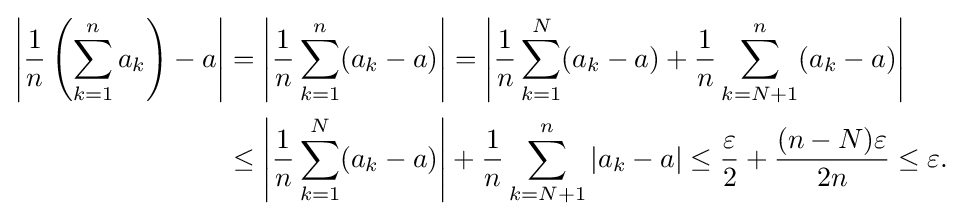
{\begin{aligned}\left|{\frac {1}{n}}\left(\sum _{k=1}^{n}a_{k}\right)-a\right|&=\left|{\frac {1}{n}}\sum _{k=1}^{n}(a_{k}-a)\right|=\left|{\frac {1}{n}}\sum _{k=1}^{N}(a_{k}-a)+{\frac {1}{n}}\sum _{k=N+1}^{n}(a_{k}-a)\right|\\&\leq \left|{\frac {1}{n}}\sum _{k=1}^{N}(a_{k}-a)\right|+{\frac {1}{n}}\sum _{k=N+1}^{n}|a_{k}-a|\leq {\frac {\varepsilon }{2}}+{\frac {(n-N)\varepsilon }{2n}}\leq \varepsilon .\end{aligned}}